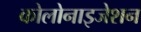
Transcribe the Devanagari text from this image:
कोलोनाइजेशन